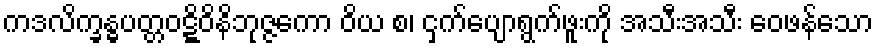
ကဒလိက္ခန္ဓပတ္တဝဋ္ဋိဝိနိဘုဇ္ဇကော ဝိယ စ၊ ငှက်ပျောရွက်ဖူးကို အသီးအသီး ဝေဖန်သော